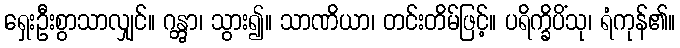
ရှေးဦးစွာသာလျှင်။ ဂန္တွာ၊ သွား၍။ သာဏိယာ၊ တင်းတိမ်ဖြင့်။ ပရိက္ခိပိံသု၊ ရံကုန်၏။